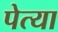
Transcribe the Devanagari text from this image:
पेत्या